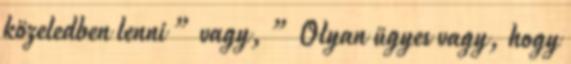
közeledben lenni ” vagy, ” Olyan ügyes vagy, hogy